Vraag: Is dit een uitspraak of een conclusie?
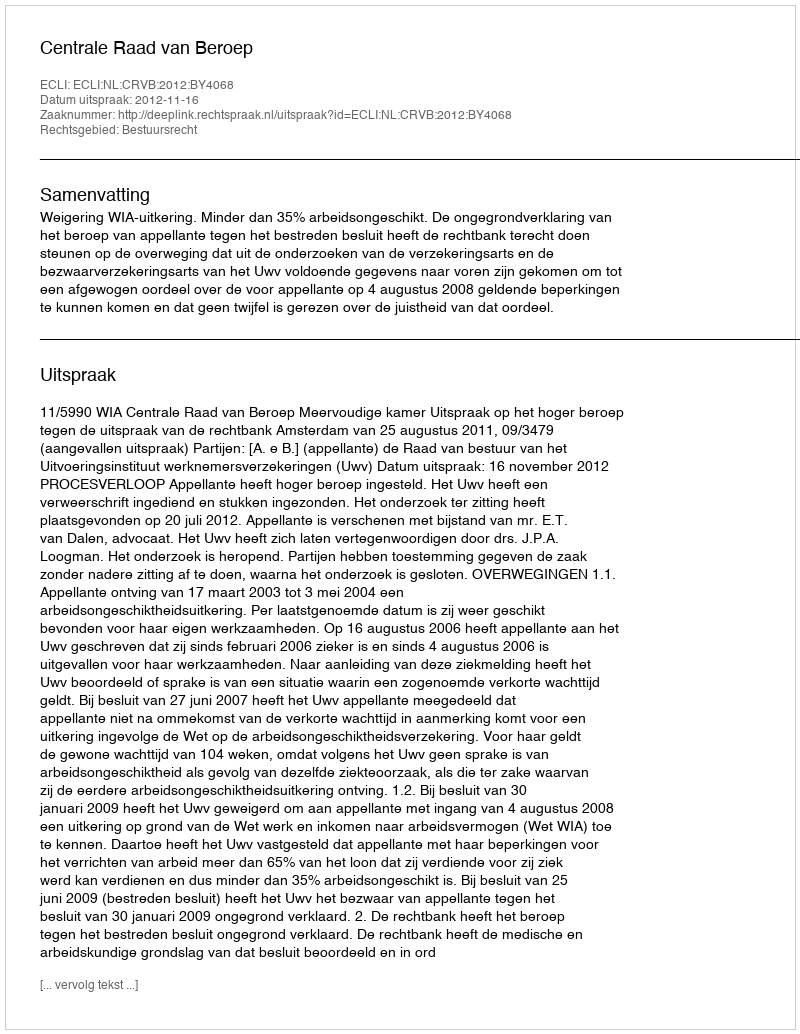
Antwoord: Uitspraak